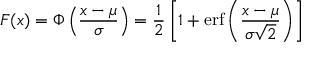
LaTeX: F ( x ) = \Phi \left( { \frac { x - \mu } { \sigma } } \right) = { \frac { 1 } { 2 } } \left[ 1 + \operatorname { e r f } \left( { \frac { x - \mu } { \sigma { \sqrt { 2 } } } } \right) \right]